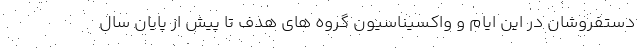
دستفروشان در این ایام و واکسیناسیون گروه های هدف تا پیش از پایان سال